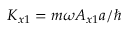
K _ { x 1 } = m \omega A _ { x 1 } a / \hbar